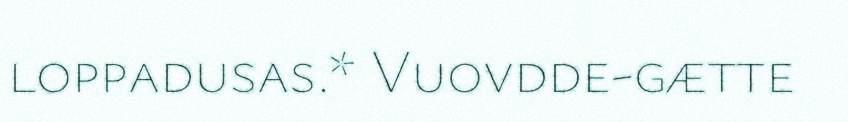
loppadusas.* Vuovdde-gætte